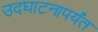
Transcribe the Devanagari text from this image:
उदघाटनापर्यंत